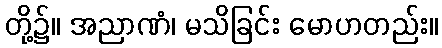
တို့၌။ အညာဏံ၊ မသိခြင်း မောဟတည်း။